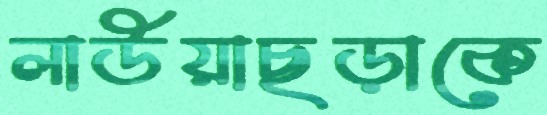
লাউয়াছড়াকে